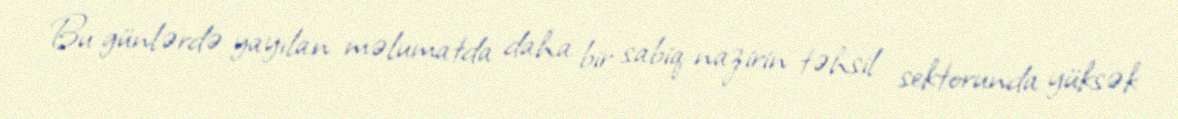
Bu günlərdə yayılan məlumatda daha bir sabiq nazirin təhsil sektorunda yüksək